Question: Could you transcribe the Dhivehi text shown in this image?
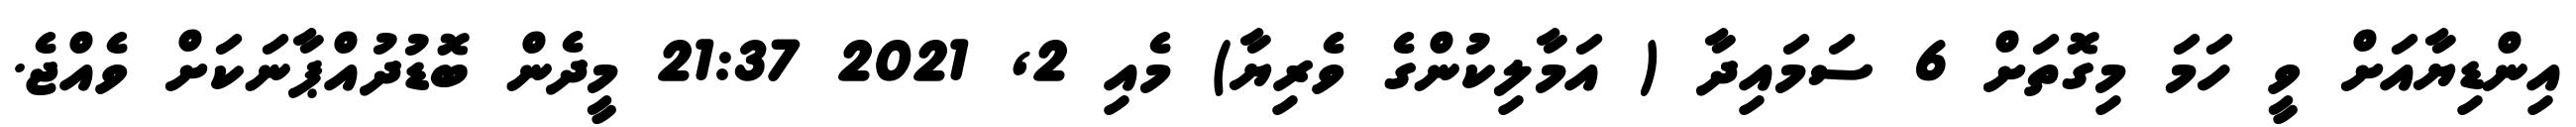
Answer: އިންޑިޔާއަށް ވީ ހަމަ މިގޮތަށް 6 ސަމައިދާ ( އަމާލިކުންގެ ވެރިޔާ) މެއި 2, 2021 21:37 މީދެން ބޮޑުދުއްޕާނަކަށް ވެއްޖެ.